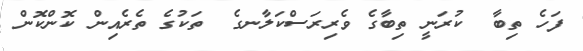
ފަހެ ތިބާ  ކުރަނީ ތިބާގެ ވެރިރަސްކަލާނގެ  ތަކުގެ ތެރެއިން ކޮންކޮން